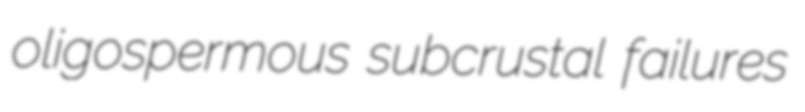
oligospermous subcrustal failures